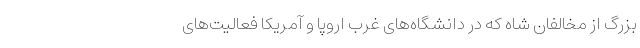
بزرگ از مخالفان شاه که در دانشگاه‌های غرب اروپا و آمریکا فعالیت‌های